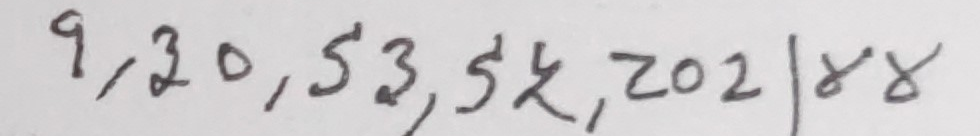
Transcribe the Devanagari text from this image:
9,20,53,54,202/४४